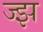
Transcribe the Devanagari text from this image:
ज्झ